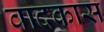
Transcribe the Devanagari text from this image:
वादकास